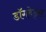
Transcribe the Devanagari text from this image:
डॉगहेड्स